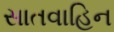
સાતવાહિન